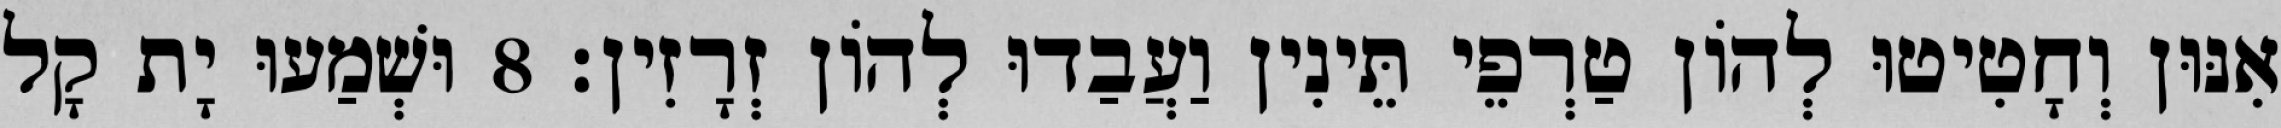
אִנּוּן וְחָטִיטוּ לְהוֹן טַרְפֵי תֵּינִין וַעֲבַדוּ לְהוֹן זְרָזִין׃ 8 וּשְׁמַעוּ יָת קָל